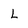
Character: l